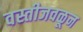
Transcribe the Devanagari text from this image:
वस्तीजवळून